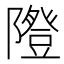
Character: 𨽆